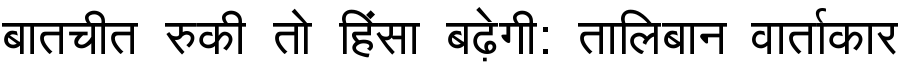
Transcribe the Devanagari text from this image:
बातचीत रुकी तो हिंसा बढ़ेगी: तालिबान वार्ताकार